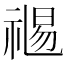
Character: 𥚯